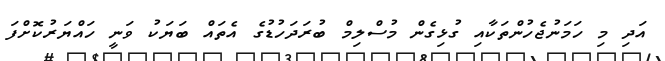
އަދި މި ހަމަނުޖެހުންތަކާއި ގުޅިގެން މުސްލިމް ބުރަދަހުޑުގެ އެތައް ބަޔަކު ވަނީ ހައްޔަރުކޮށްފަ